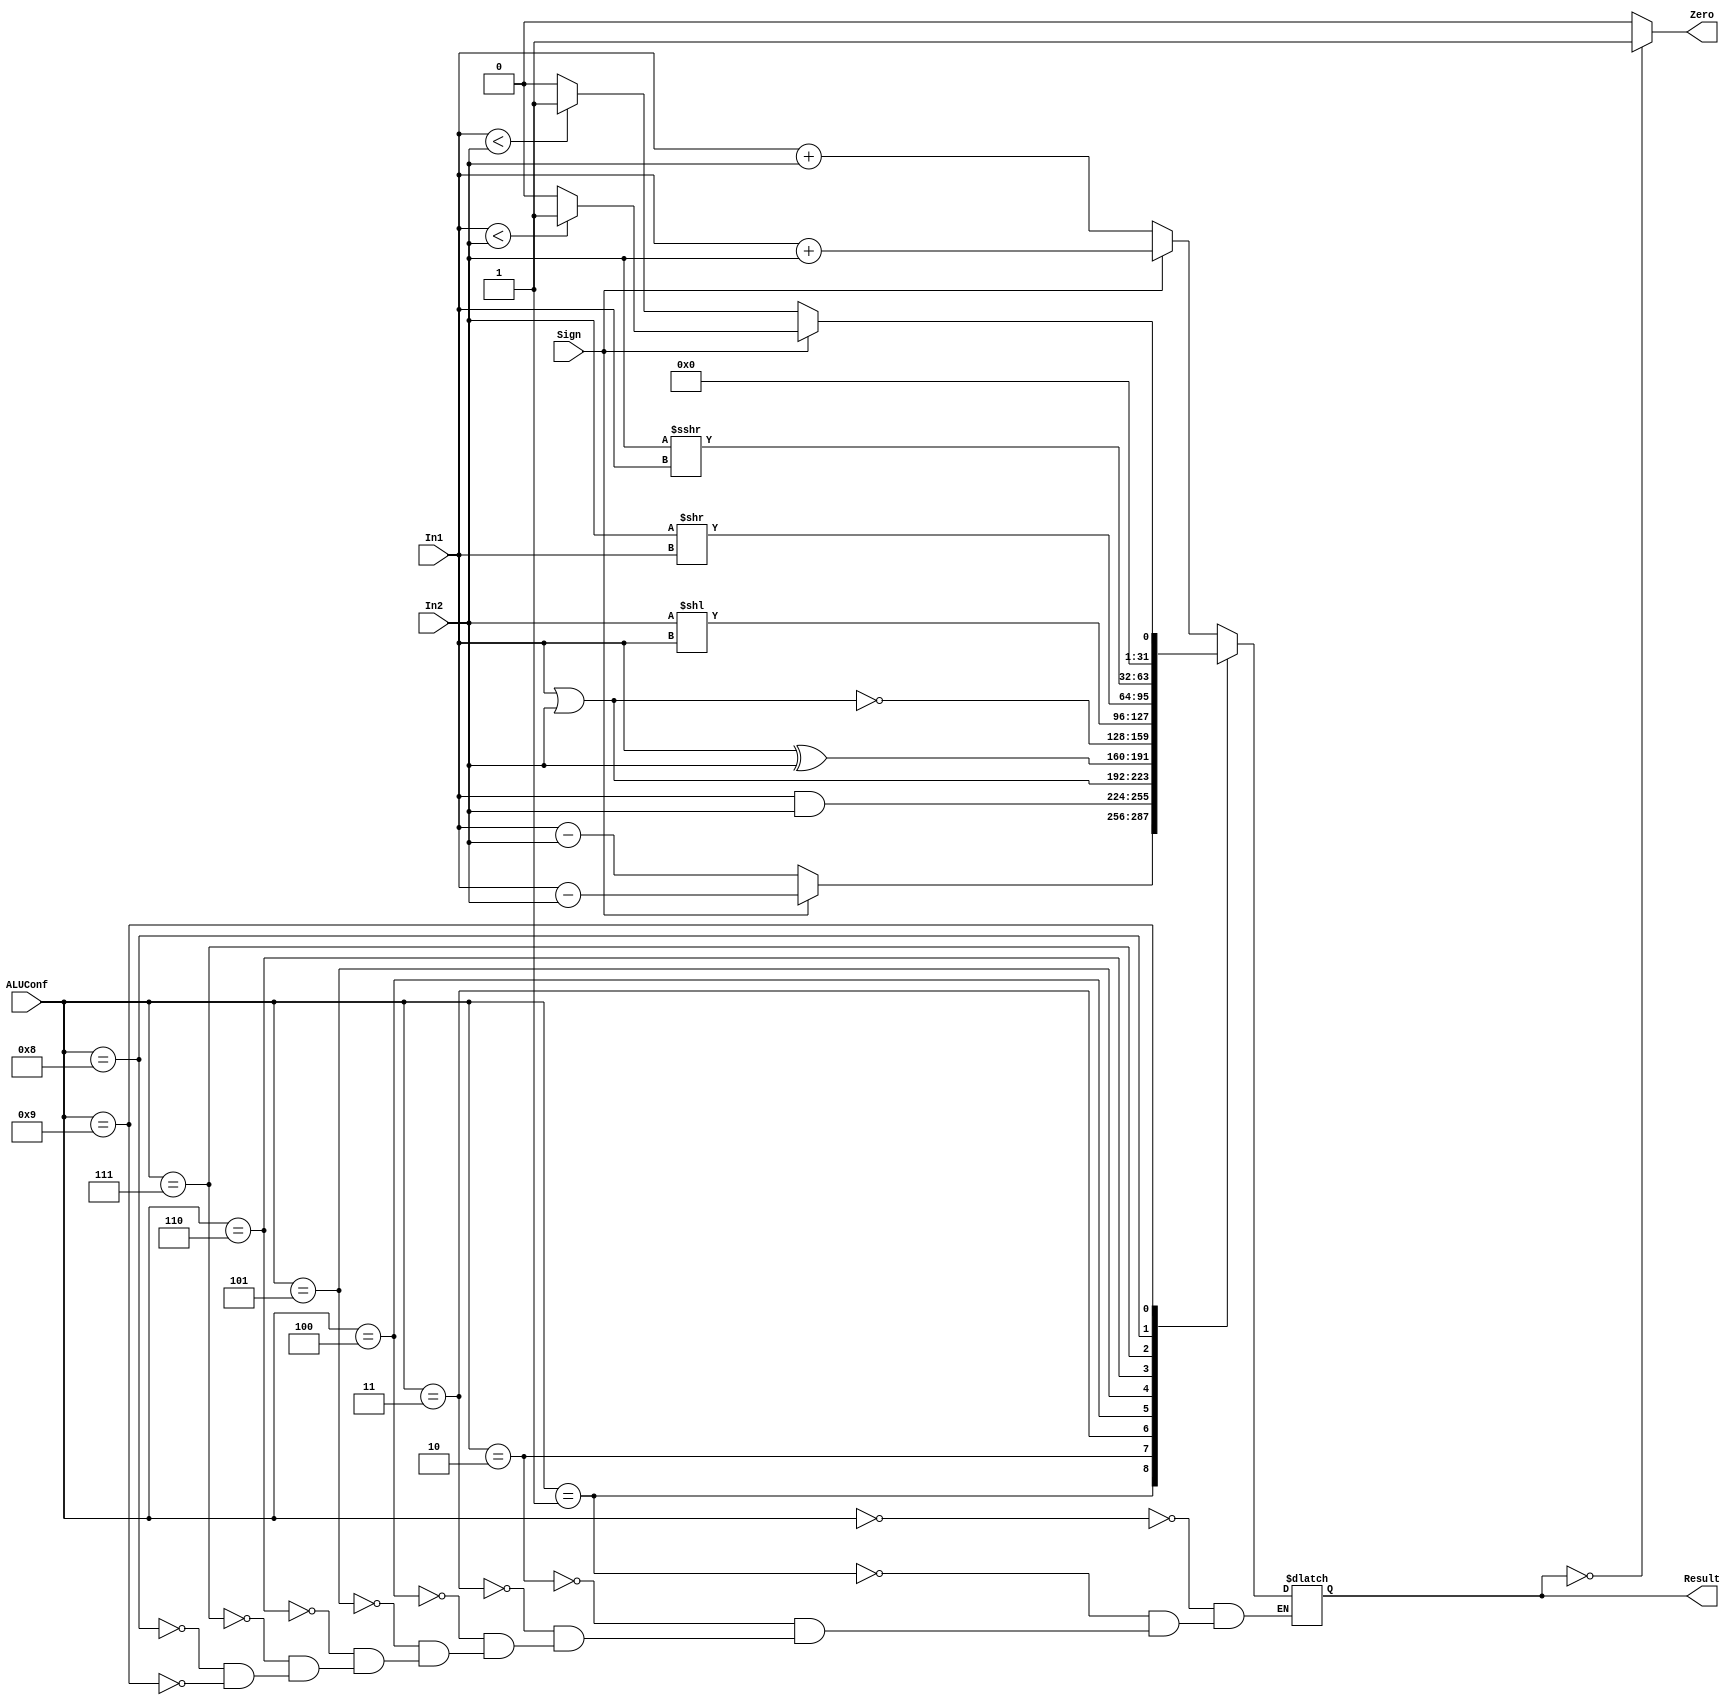
`timescale 1ns / 1ps
//////////////////////////////////////////////////////////////////////////////////
// Class: Fundamentals of Digital Logic and Processor
// Designer: Shulin Zeng
// 
// Design Name: MultiCycleCPU
// Module Name: ALU
// Project Name: Multi-cycle-cpu
// Target Devices: 
// Tool Versions: 
// Description: 
// 
// Dependencies: 
// 
// Revision:
// Revision 0.01 - File Created
// Additional Comments:
// 
//////////////////////////////////////////////////////////////////////////////////


module ALU(ALUConf, Sign, In1, In2, Zero, Result);
    // Control Signals
    input [4:0] ALUConf;
    input Sign;
    // Input Data Signals
    input [31:0] In1;
    input [31:0] In2;
    // Output 
    output Zero;
    output reg [31:0] Result;

    //--------------Your code below-----------------------
    assign Zero=(Result==32'b0)?1'b1 : 1'b0;
    always @(*) begin
    case(ALUConf)
    //
    5'b00000:if(Sign==1'b1) begin 
             Result=$signed(In1)+$signed(In2);
             end
             else begin
             Result=In1+In2;
             end
    //
    5'b00001:if(Sign==1'b1) begin 
             Result=$signed(In1)-$signed(In2);
             end
             else begin
             Result=In1-In2;
             end
    //
    5'b00010:begin 
             Result=In1&In2;
             end
    //
    5'b00011:begin 
             Result=In1|In2;
             end
    //
    5'b00100:begin 
             Result=In1^In2;
             end
    //
    5'b00101:begin 
             Result=~(In1|In2);
             end
    //
    5'b00110:begin 
             Result=In2<<In1;
             end
    //
    5'b00111:begin 
             Result=In2>>In1;
             end
    //
    5'b01000:begin 
             Result=$signed(In2)>>>In1;
             end
    //slt,sltu,slti,sltiu
    5'b01001:if(Sign==1'b1) begin 
             Result=($signed(In1)<$signed(In2))?32'b1:32'b0;
             end
             else begin
             Result=(In1<In2)?32'b1:32'b0;
             end
    
    endcase
end
         
    //--------------Your code above-----------------------

endmodule